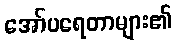
အော်ပရေတာများ၏